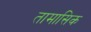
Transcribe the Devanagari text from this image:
तामासिक